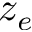
z _ { e }